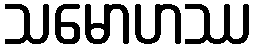
သမောဟဿ